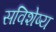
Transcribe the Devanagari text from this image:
सविशेष्य